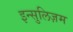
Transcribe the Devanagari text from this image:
इन्सुलिज़म